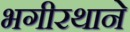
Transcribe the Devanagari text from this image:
भगीरथाने